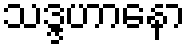
သဒ္ဒဟာနော